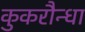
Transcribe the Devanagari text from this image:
कुकरौन्धा